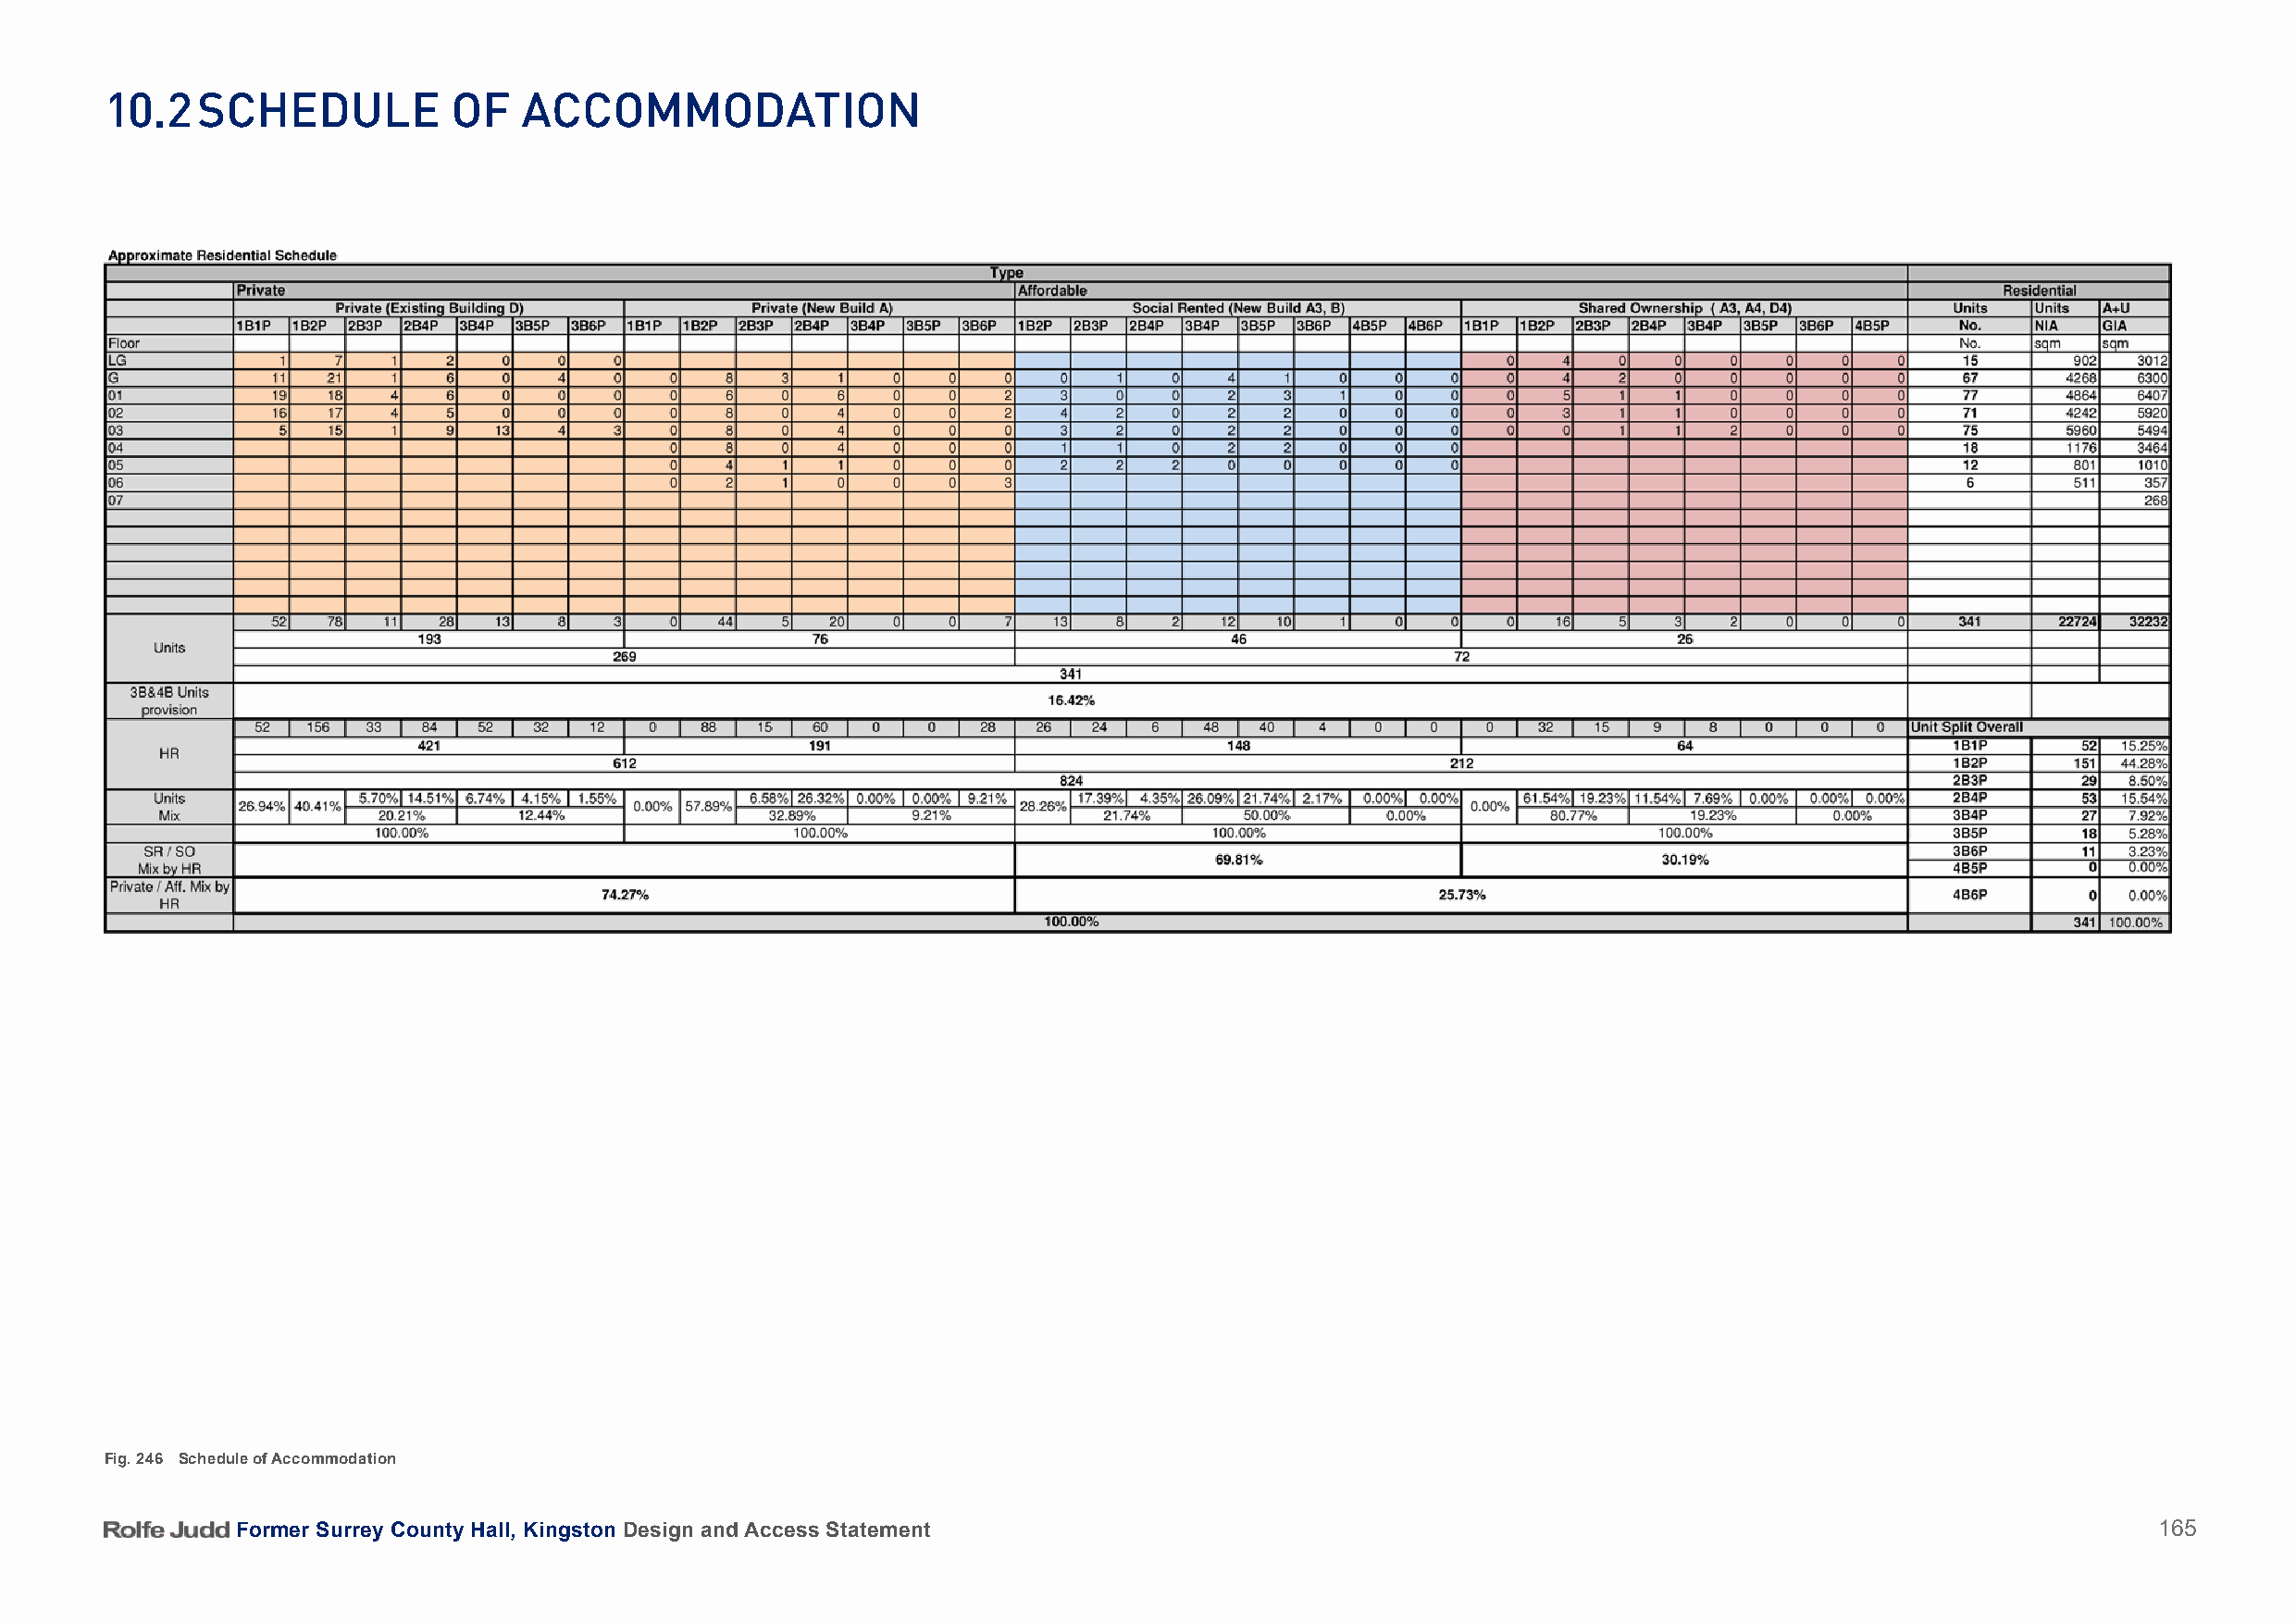
10.2   SCHeDule          oF   aCCommoDation
 Fig. 246 Schedule of Accommodation
 Former Surrey County Hall, Kingston Design and Access Statement                                                                          165